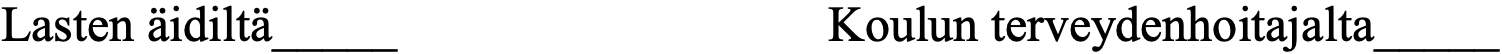
Lasten äidiltä_____        Koulun terveydenhoitajalta_____